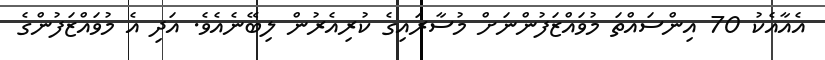
އެއާއެކު 70 އިންސައްތަ މުވައްޒަފުންނަށް މުސާރައިގެ ކުރިއެރުން ލިބޭނެއެވެ. އަދި އެ މުވައްޒަފުންގެ